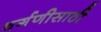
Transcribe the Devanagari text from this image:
वर्गणीसाठी